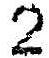
2